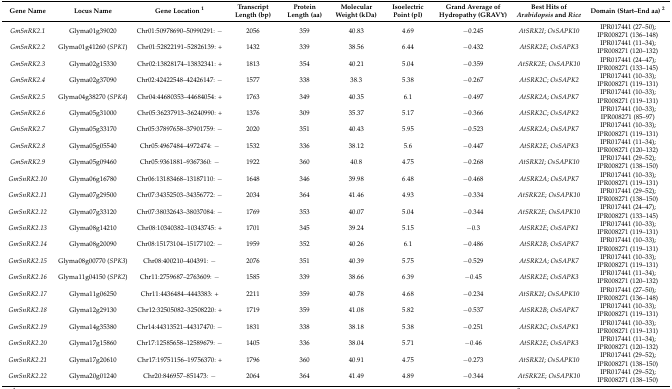
<table><thead><tr><td><b>Gene Name</b></td><td><b>Locus Name</b></td><td><b>Gene Location <sup>1</sup></b></td><td><b>Transcript Length (bp)</b></td><td><b>Protein Length (aa)</b></td><td><b>Molecular Weight (kDa)</b></td><td><b>Isoelectric Point (pI)</b></td><td><b>Grand Average of Hydropathy (GRAVY)</b></td><td><b>Best Hits of <i>Arabidopsis</i> and <i>Rice</i></b></td><td><b>Domain (Start–End aa) <sup>2</sup></b></td></tr></thead><tbody><tr><td><i>GmSnRK2.1</i></td><td>Glyma01g39020</td><td>Chr01:50978690–50990291: −</td><td>2056</td><td>359</td><td>40.83</td><td>4.69</td><td>−0.245</td><td><i>AtSRK2I</i>; <i>OsSAPK10</i></td><td>IPR017441 (27–50); IPR008271 (136–148)</td></tr><tr><td><i>GmSnRK2.2</i></td><td>Glyma01g41260 (<i>SPK1</i>)</td><td>Chr01:52822191–52826139: +</td><td>1432</td><td>339</td><td>38.56</td><td>6.44</td><td>−0.432</td><td><i>AtSRK2E</i>; <i>OsSAPK3</i></td><td>IPR017441 (11–34); IPR008271 (120–132)</td></tr><tr><td><i>GmSnRK2.3</i></td><td>Glyma02g15330</td><td>Chr02:13828174–13832341: +</td><td>1813</td><td>354</td><td>40.21</td><td>5.04</td><td>−0.359</td><td><i>AtSRK2E</i>; <i>OsSAPK10</i></td><td>IPR017441 (24–47); IPR008271 (133–145)</td></tr><tr><td><i>GmSnRK2.4</i></td><td>Glyma02g37090</td><td>Chr02:42422548–42426147: −</td><td>1577</td><td>338</td><td>38.3</td><td>5.38</td><td>−0.267</td><td><i>AtSRK2C</i>; <i>OsSAPK2</i></td><td>IPR017441 (10–33); IPR008271 (119–131)</td></tr><tr><td><i>GmSnRK2.5</i></td><td>Glyma04g38270 (<i>SPK4</i>)</td><td>Chr04:44680353–44684054: +</td><td>1763</td><td>349</td><td>40.35</td><td>6.1</td><td>−0.497</td><td><i>AtSRK2A</i>; <i>OsSAPK7</i></td><td>IPR017441 (10–33); IPR008271 (119–131)</td></tr><tr><td><i>GmSnRK2.6</i></td><td>Glyma05g31000</td><td>Chr05:36237913–36240990: +</td><td>1376</td><td>309</td><td>35.37</td><td>5.17</td><td>−0.366</td><td><i>AtSRK2C</i>; <i>OsSAPK2</i></td><td>IPR017441 (10–33); IPR008271 (85–97)</td></tr><tr><td><i>GmSnRK2.7</i></td><td>Glyma05g33170</td><td>Chr05:37897658–37901759: −</td><td>2020</td><td>351</td><td>40.43</td><td>5.95</td><td>−0.523</td><td><i>AtSRK2A</i>; <i>OsSAPK7</i></td><td>IPR017441 (10–33); IPR008271 (119–131)</td></tr><tr><td><i>GmSnRK2.8</i></td><td>Glyma05g05540</td><td>Chr05:4967484–4972474: −</td><td>1532</td><td>336</td><td>38.12</td><td>5.6</td><td>−0.447</td><td><i>AtSRK2E</i>; <i>OsSAPK3</i></td><td>IPR017441 (11–34); IPR008271 (120–132)</td></tr><tr><td><i>GmSnRK2.9</i></td><td>Glyma05g09460</td><td>Chr05:9361881–9367360: −</td><td>1922</td><td>360</td><td>40.8</td><td>4.75</td><td>−0.268</td><td><i>AtSRK2I</i>; <i>OsSAPK10</i></td><td>IPR017441 (29–52); IPR008271 (138–150)</td></tr><tr><td><i>GmSnRK2.10</i></td><td>Glyma06g16780</td><td>Chr06:13183468–13187110: −</td><td>1648</td><td>346</td><td>39.98</td><td>6.48</td><td>−0.468</td><td><i>AtSRK2A</i>; <i>OsSAPK7</i></td><td>IPR017441 (10–33); IPR008271 (119–131)</td></tr><tr><td><i>GmSnRK2.11</i></td><td>Glyma07g29500</td><td>Chr07:34352503–34356772: −</td><td>2034</td><td>364</td><td>41.46</td><td>4.93</td><td>−0.334</td><td><i>AtSRK2E</i>; <i>OsSAPK10</i></td><td>IPR017441 (29–52); IPR008271 (138–150)</td></tr><tr><td><i>GmSnRK2.12</i></td><td>Glyma07g33120</td><td>Chr07:38032643–38037084: −</td><td>1769</td><td>353</td><td>40.07</td><td>5.04</td><td>−0.344</td><td><i>AtSRK2E</i>; <i>OsSAPK10</i></td><td>IPR017441 (24–47); IPR008271 (133–145)</td></tr><tr><td><i>GmSnRK2.13</i></td><td>Glyma08g14210</td><td>Chr08:10340382–10343745: +</td><td>1701</td><td>345</td><td>39.24</td><td>5.15</td><td>−0.3</td><td><i>AtSRK2E</i>; <i>OsSAPK1</i></td><td>IPR017441 (10–33); IPR008271 (119–131)</td></tr><tr><td><i>GmSnRK2.14</i></td><td>Glyma08g20090</td><td>Chr08:15173104–15177102: −</td><td>1959</td><td>352</td><td>40.26</td><td>6.1</td><td>−0.486</td><td><i>AtSRK2B</i>; <i>OsSAPK7</i></td><td>IPR017441 (10–33); IPR008271 (119–131)</td></tr><tr><td><i>GmSnRK2.15</i></td><td>Glyma08g00770 (<i>SPK3</i>)</td><td>Chr08:400210–404391: −</td><td>2076</td><td>351</td><td>40.39</td><td>5.75</td><td>−0.529</td><td><i>AtSRK2A</i>; <i>OsSAPK7</i></td><td>IPR017441 (10–33); IPR008271 (119–131)</td></tr><tr><td><i>GmSnRK2.16</i></td><td>Glyma11g04150 (<i>SPK2</i>)</td><td>Chr11:2759687–2763609: −</td><td>1585</td><td>339</td><td>38.66</td><td>6.39</td><td>−0.45</td><td><i>AtSRK2E</i>; <i>OsSAPK3</i></td><td>IPR017441 (11–34); IPR008271 (120–132)</td></tr><tr><td><i>GmSnRK2.17</i></td><td>Glyma11g06250</td><td>Chr11:4436484–4443383: +</td><td>2211</td><td>359</td><td>40.78</td><td>4.68</td><td>−0.234</td><td><i>AtSRK2I</i>; <i>OsSAPK10</i></td><td>IPR017441 (27–50); IPR008271 (136–148)</td></tr><tr><td><i>GmSnRK2.18</i></td><td>Glyma12g29130</td><td>Chr12:32505082–32508220: +</td><td>1719</td><td>359</td><td>41.08</td><td>5.82</td><td>−0.537</td><td><i>AtSRK2B</i>; <i>OsSAPK7</i></td><td>IPR017441 (10–33); IPR008271 (119–131)</td></tr><tr><td><i>GmSnRK2.19</i></td><td>Glyma14g35380</td><td>Chr14:44313521–44317470: −</td><td>1831</td><td>338</td><td>38.18</td><td>5.38</td><td>−0.251</td><td><i>AtSRK2C</i>; <i>OsSAPK1</i></td><td>IPR017441 (10–33); IPR008271 (119–131)</td></tr><tr><td><i>GmSnRK2.20</i></td><td>Glyma17g15860</td><td>Chr17:12585658–12589679: −</td><td>1405</td><td>336</td><td>38.04</td><td>5.71</td><td>−0.46</td><td><i>AtSRK2E</i>; <i>OsSAPK3</i></td><td>IPR017441 (11–34); IPR008271 (120–132)</td></tr><tr><td><i>GmSnRK2.21</i></td><td>Glyma17g20610</td><td>Chr17:19751156–19756370: +</td><td>1796</td><td>360</td><td>40.91</td><td>4.75</td><td>−0.273</td><td><i>AtSRK2I</i>; <i>OsSAPK10</i></td><td>IPR017441 (29–52); IPR008271 (138–150)</td></tr><tr><td><i>GmSnRK2.22</i></td><td>Glyma20g01240</td><td>Chr20:846957–851473: −</td><td>2064</td><td>364</td><td>41.49</td><td>4.89</td><td>−0.344</td><td><i>AtSRK2E</i>; <i>OsSAPK10</i></td><td>IPR017441 (29–52); IPR008271 (138–150)</td></tr></tbody></table>